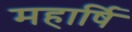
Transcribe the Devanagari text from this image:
महार्षि